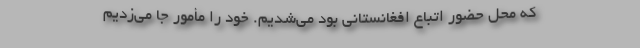
که محل حضور اتباع افغانستانی بود می‌شدیم. خود را مأمور جا می‌زدیم